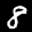
Label: 8